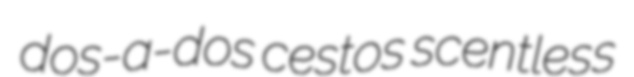
dos-a-dos cestos scentless